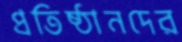
প্রতিষ্ঠানদের